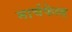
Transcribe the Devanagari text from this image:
मार्चफेल्ड